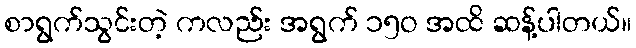
စာရွက်သွင်းတဲ့ ကလည်း အရွက် ၁၅ဝ အထိ ဆန့်ပါတယ်။